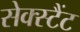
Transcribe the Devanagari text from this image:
सेक्स्टैंट